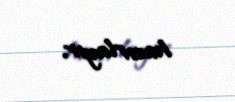
hazırlayır.